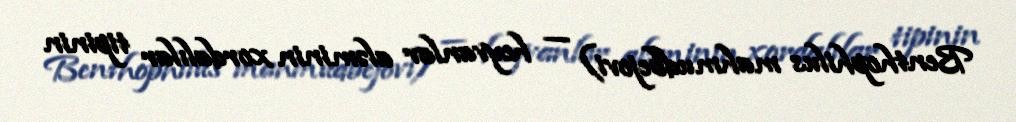
Benthophilus mahmudbejovi) — heyvanlar aləminin xordalılar tipinin